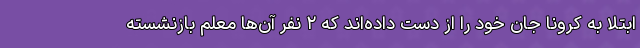
ابتلا به کرونا جان خود را از دست داده‌اند که ۲ نفر آن‌ها معلم بازنشسته